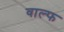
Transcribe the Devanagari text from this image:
वाल्फ